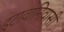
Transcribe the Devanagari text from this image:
इटावानिवासी